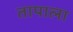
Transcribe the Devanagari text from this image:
तापाला